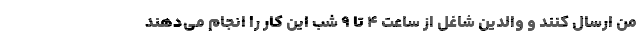
من ارسال کنند و والدین شاغل از ساعت ۴ تا ۹ شب این کار را انجام می‌دهند